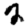
Digit: 2